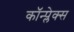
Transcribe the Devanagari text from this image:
कॉन्प्लेक्स